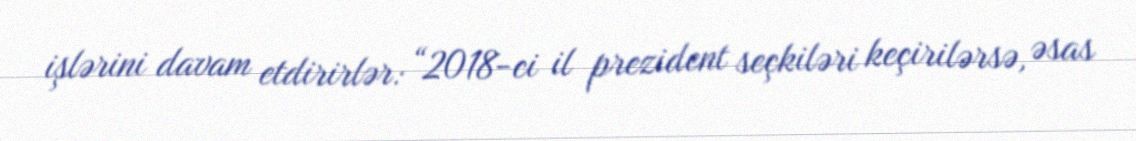
işlərini davam etdirirlər: “2018-ci il prezident seçkiləri keçirilərsə, əsas